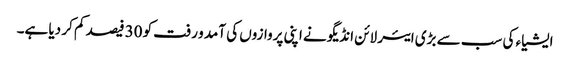
ایشیاء کی سب سے بڑی ایئر لائن انڈیگو نے اپنی پروازوں کی آمد و رفت کو 30 فیصد کم کر دیا ہے۔